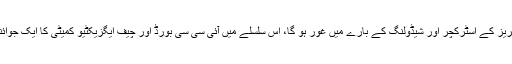
اس موقع پر باہمی کرکٹ سیریز کے اسٹرکچر اور شیڈولنگ کے بارے میں غور ہو گا، اس سلسلے میں آئی سی سی بورڈ اور چیف ایگزیکٹیو کمیٹی کا ایک جوائنٹ سیشن بھی منعقد ہونا ہے۔